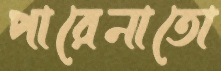
পারেনাতো